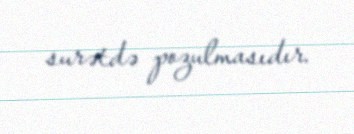
surətdə pozulmasıdır.